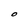
Character: O